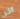
آخر